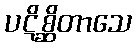
ပဋိစ္ဆိတာသေ